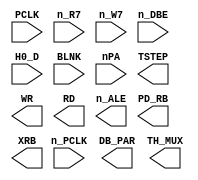
// This program was cloned from: https://github.com/emu-russia/breaks
// License: Creative Commons Zero v1.0 Universal


module VRAM_Control(
	n_PCLK, PCLK, 
	n_R7, n_W7, n_DBE, H0_D, BLNK, nPA,
	DB_PAR, TSTEP, WR, RD, n_ALE, PD_RB, XRB, TH_MUX);

	input n_PCLK;
	input PCLK;

	input n_R7;
	input n_W7;
	input n_DBE;
	input H0_D;
	input BLNK;
	input [13:0] nPA;

	output DB_PAR;
	output TSTEP;
	output WR;
	output RD;
	output n_ALE;
	output PD_RB;
	output XRB;
	output TH_MUX;

endmodule // VRAM_Control

module ReadBuffer(XRB, RC, PD_RB, PD_in, CPU_DB);

	input XRB;
	input RC;
	input PD_RB;
	input [7:0] PD_in;
	inout [7:0] CPU_DB;

endmodule // ReadBuffer